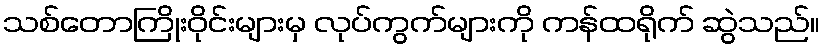
သစ်တောကြိုးဝိုင်းများမှ လုပ်ကွက်များကို ကန်ထရိုက် ဆွဲသည်။